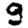
Digit: 9